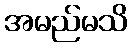
အမည်မသိ